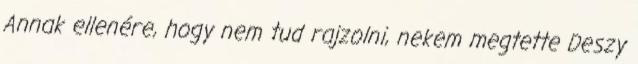
Annak ellenére, hogy nem tud rajzolni, nekem megtette Deszy